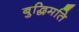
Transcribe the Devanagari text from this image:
बुद्धिमति